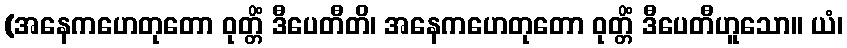
(အနေကဟေတုတော ဝုတ္တိံ ဒီပေတီတိ၊ အနေကဟေတုတော ဝုတ္တိံ ဒီပေတီဟူသော။ ယံ၊